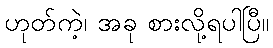
ဟုတ်ကဲ့၊ အခု စားလို့ရပါပြီ။